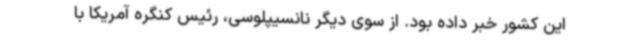
این کشور خبر داده بود. از سوی دیگر نانسیپلوسی، رئیس کنگره آمریکا با